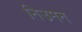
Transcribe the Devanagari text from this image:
निउमन